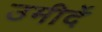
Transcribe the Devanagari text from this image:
उमीदें